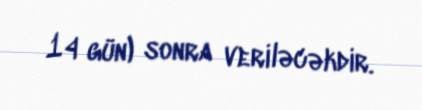
14 gün) sonra veriləcəkdir.